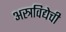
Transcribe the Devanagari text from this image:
अस्त्रविद्येची